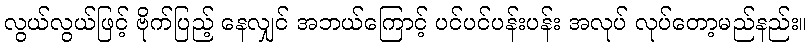
လွယ်လွယ်ဖြင့် ဗိုက်ပြည့် နေလျှင် အဘယ်ကြောင့် ပင်ပင်ပန်းပန်း အလုပ် လုပ်တော့မည်နည်း။